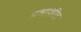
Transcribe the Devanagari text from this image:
प्रभाशील